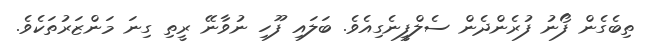
ތިބެގެން ފޯނު ފުރެންދެން ސެލްފީނެގިއެވެ. ބަލައި ފޫހި ނުވާނޭ ރީތި ގިނަ މަންޒަރުތަކެވެ.